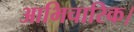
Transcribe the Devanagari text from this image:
आभिचारिक।